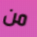
من